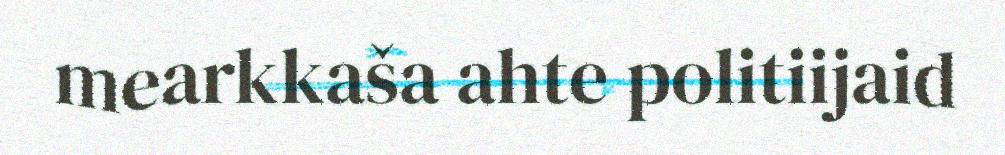
mearkkaša ahte politiijaid